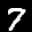
Label: 7